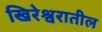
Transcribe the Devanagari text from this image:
खिरेश्वरातील